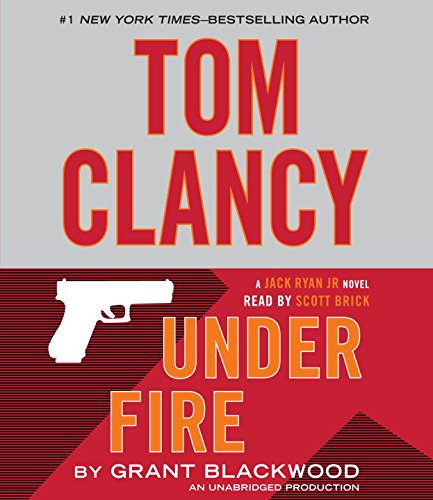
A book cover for Tom Clancy Under Fire: A Campus Novel (A Jack Ryan Jr. Novel); Grant Blackwood; Literature & Fiction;